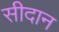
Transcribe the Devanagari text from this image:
सीदान